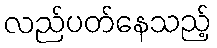
လည်ပတ်နေသည့်